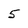
Character: 5